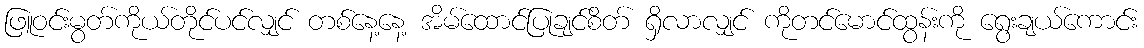
ဖြူဝင်းမွတ်ကိုယ်တိုင်ပင်လျှင် တစ်နေ့နေ့ အိမ်ထောင်ပြုချင်စိတ် ရှိလာလျှင် ကိုတင်မောင်ထွန်းကို ရွေးချယ်ကောင်း